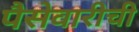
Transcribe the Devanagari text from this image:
पैसेवारीची